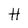
Character: H